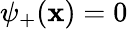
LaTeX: \psi_{+}(\mathbf{x})=0